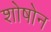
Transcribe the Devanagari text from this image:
शोषोन